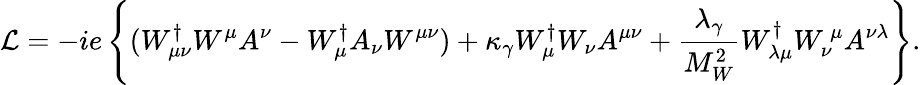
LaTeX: {\cal L}=-ie\left\{ (W_{\mu\nu}^{\dagger}W^{\mu}A^{\nu}-W_{\mu}^{\dagger}A_{\nu}W^{\mu\nu})+\kappa_{\gamma}W_{\mu}^{\dagger}W_{\nu}A^{\mu\nu}+{\frac{\lambda_{\gamma}}{M_{W}^{2}}}W_{\lambda\mu}^{\dagger}W_{\nu}^{\, \mu}A^{\nu\lambda}\right\} .